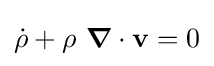
{\dot {\rho }}+\rho ~{\boldsymbol {\nabla }}\cdot \mathbf {v} =0